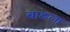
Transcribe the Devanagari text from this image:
बाङला